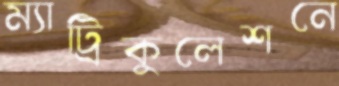
ম্যাট্রিকুলেশনে